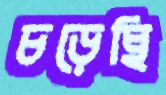
চড়েছি